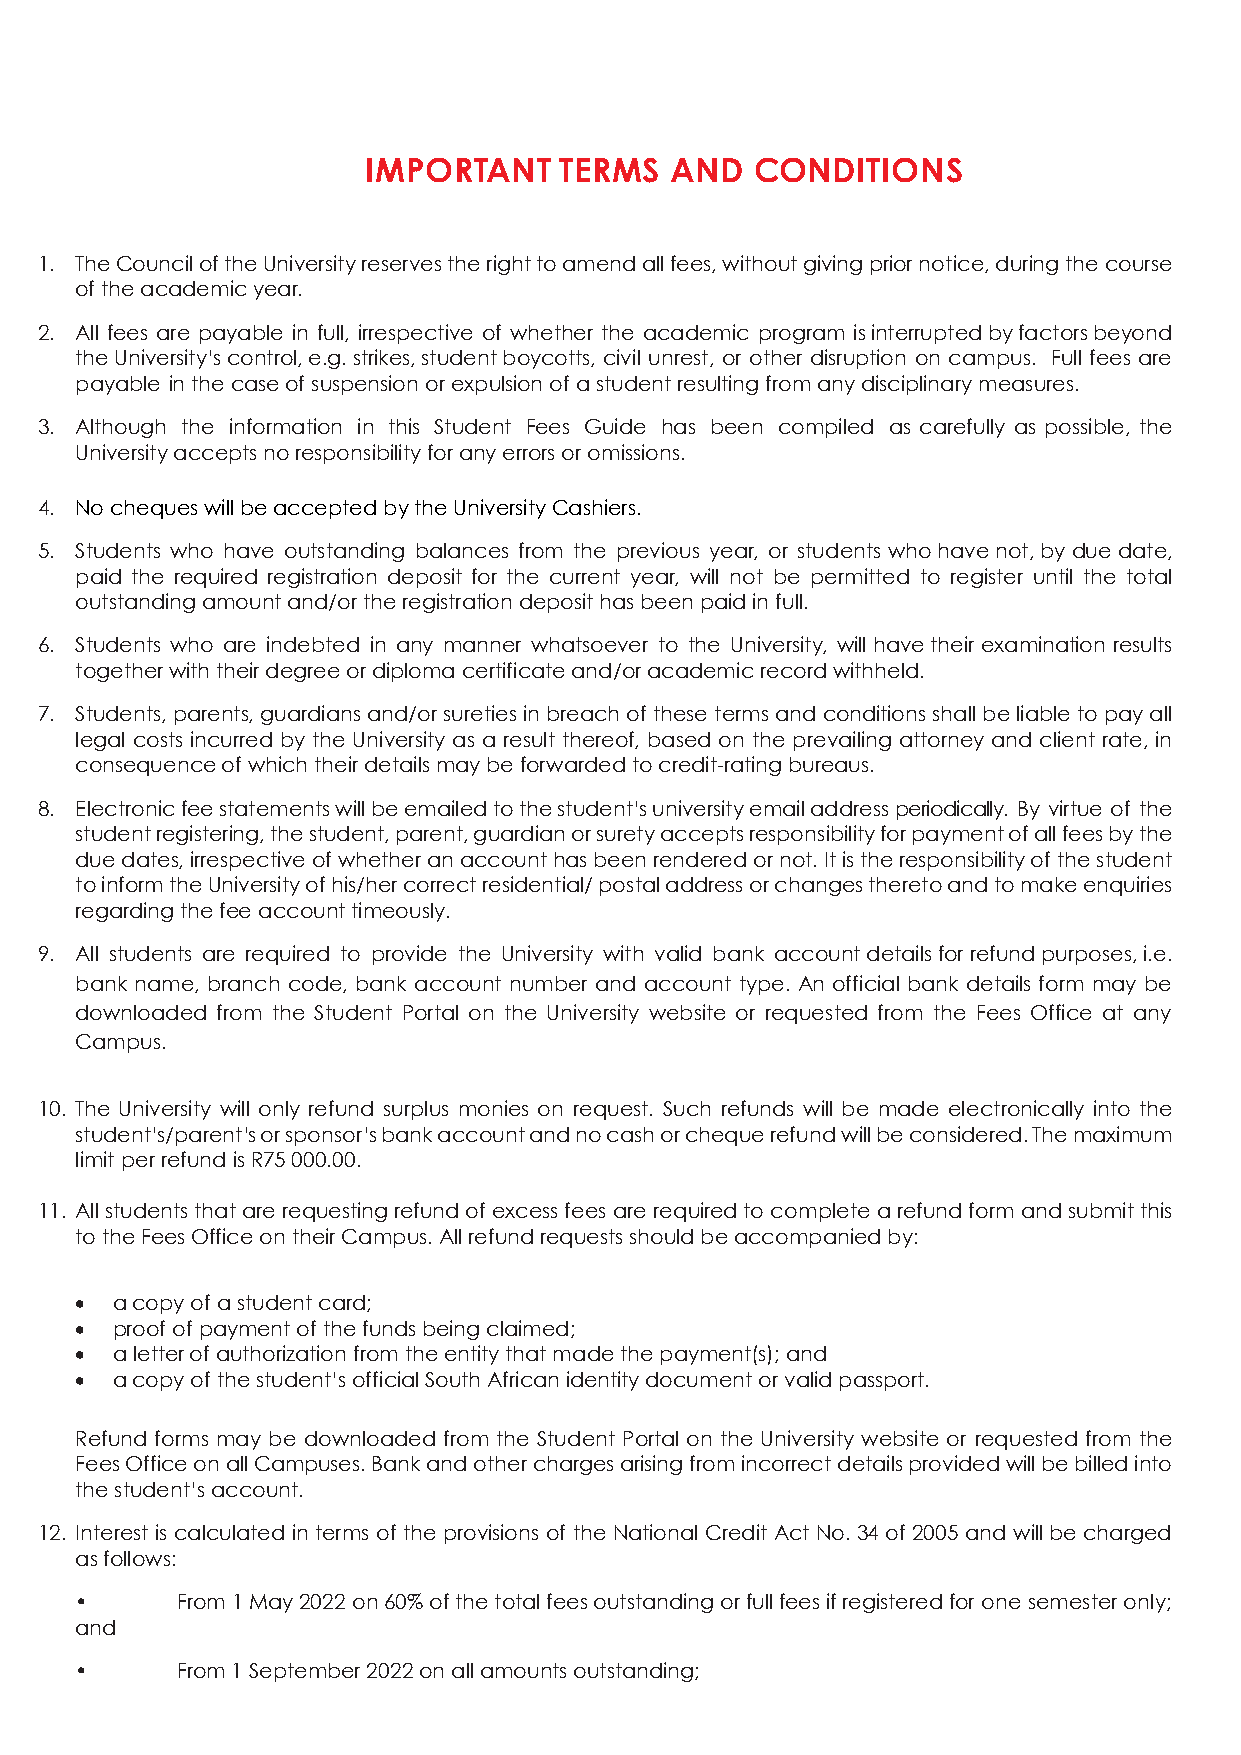
IMPORTANT    TERMS  AND   CONDITIONS
 1. The Council of the University reserves the right to amend all fees, without giving prior notice, during the course
 of the academic year.
 2. All fees are payable in full, irrespective of whether the academic program is interrupted by factors beyond
 the University’s control, e.g. strikes, student boycotts, civil unrest, or other disruption on campus. Full fees are
 payable in the case of suspension or expulsion of a student resulting from any disciplinary measures.
 3. Although the information in this Student Fees Guide has been compiled as carefully as possible, the
 University accepts no responsibility for any errors or omissions.
 4. No cheques will be accepted by the University Cashiers.
 5. Students who have outstanding balances from the previous year, or students who have not, by due date,
 paid the required registration deposit for the current year, will not be permitted to register until the total
 outstanding amount and/or the registration deposit has been paid in full.
 6. Students who are indebted in any manner whatsoever to the University, will have their examination results
 together with their degree or diploma certificate and/or academic record withheld.
 7. Students, parents, guardians and/or sureties in breach of these terms and conditions shall be liable to pay all
 legal costs incurred by the University as a result thereof, based on the prevailing attorney and client rate, in
 consequence of which their details may be forwarded to credit-rating bureaus.
 8. Electronic fee statements will be emailed to the student’s university email address periodically. By virtue of the
 student registering, the student, parent, guardian or surety accepts responsibility for payment of all fees by the
 due dates, irrespective of whether an account has been rendered or not. It is the responsibility of the student
 to inform the University of his/her correct residential/ postal address or changes thereto and to make enquiries
 regarding the fee account timeously.
 9. All students are required to provide the University with valid bank account details for refund purposes, i.e.
 bank name, branch code, bank account number and account type. An official bank details form may be
 downloaded from the Student Portal on the University website or requested from the Fees Office at any
 Campus.
 10. The University will only refund surplus monies on request. Such refunds will be made electronically into the
 student’s/parent’s or sponsor’s bank account and no cash or cheque refund will be considered. The maximum
 limit per refund is R75 000.00.
 11. All students that are requesting refu3n d of excess fees are required to complete a refund form and submit this
 to the Fees Office on their Campus. All refund requests should be accompanied by:
 • a copy of a student card;
 • proof of payment of the funds being claimed;
 • a letter of authorization from the entity that made the payment(s); and
 • a copy of the student’s official South African identity document or valid passport.
 Refund forms may be downloaded from the Student Portal on the University website or requested from the
 Fees Office on all Campuses. Bank and other charges arising from incorrect details provided will be billed into
 the student’s account.
 12. Interest is calculated in terms of the provisions of the National Credit Act No. 34 of 2005 and will be charged
 as follows:
 •      From 1 May 2022 on 60% of the total fees outstanding or full fees if registered for one semester only;
 and
 •      From 1 September 2022 on all amounts outstanding;